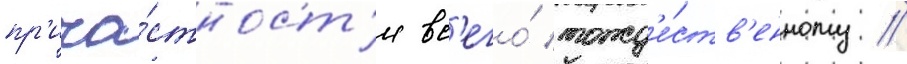
пр'ича́стност'и вс'его́ тожд'е́ств'енному //